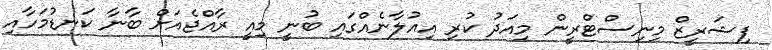
ފިޝަރީޒް މިނިސްޓްރީން މިއަދު ކުރި އިއުލާނެއްގައި ބުނީ މިއީ ރާއްޖެއަށް ބާނާ ކަނޑުމަހާއި